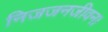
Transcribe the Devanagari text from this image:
निजजनजीवन।